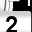
Digit: 2